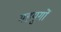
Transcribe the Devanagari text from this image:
महयुगों